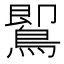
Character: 𪃹